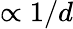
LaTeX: \propto 1/d